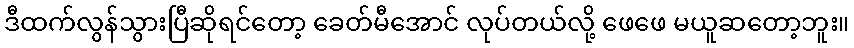
ဒီထက်လွန်သွားပြီဆိုရင်တော့ ခေတ်မီအောင် လုပ်တယ်လို့ ဖေဖေ မယူဆတော့ဘူး။